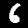
Label: 6